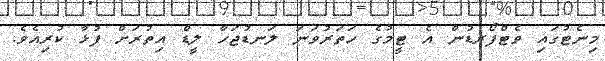
މިނެޓުގައި ވެޓްފޯރޑުން އެ ޓީމުގެ ހަތަރުވަނަ ލަނޑުޖަހާ ލީޑް އިތުރަށް ފުޅާ ކުރިއެވެ.